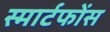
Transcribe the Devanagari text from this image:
स्मार्टफोंस